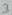
Text: 3